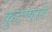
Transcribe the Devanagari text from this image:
कुटणारे